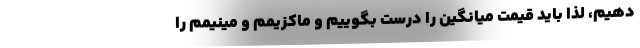
دهیم، لذا باید قیمت میانگین را درست بگوییم و ماکزیمم و مینیمم را